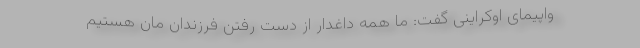
واپیمای اوکراینی گفت: ما همه داغدار از دست رفتن فرزندان مان هستیم